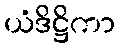
ယံဒိဋ္ဌိကာ